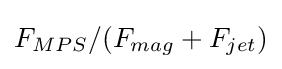
{\textstyle F_{MPS}/(F_{mag}+F_{jet})}